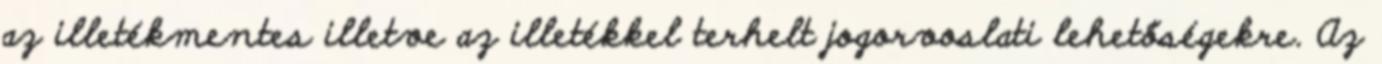
az illetékmentes illetve az illetékkel terhelt jogorvoslati lehetőségekre. Az